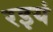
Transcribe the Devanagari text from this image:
रइयं